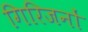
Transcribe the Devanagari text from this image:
गिरिजनों